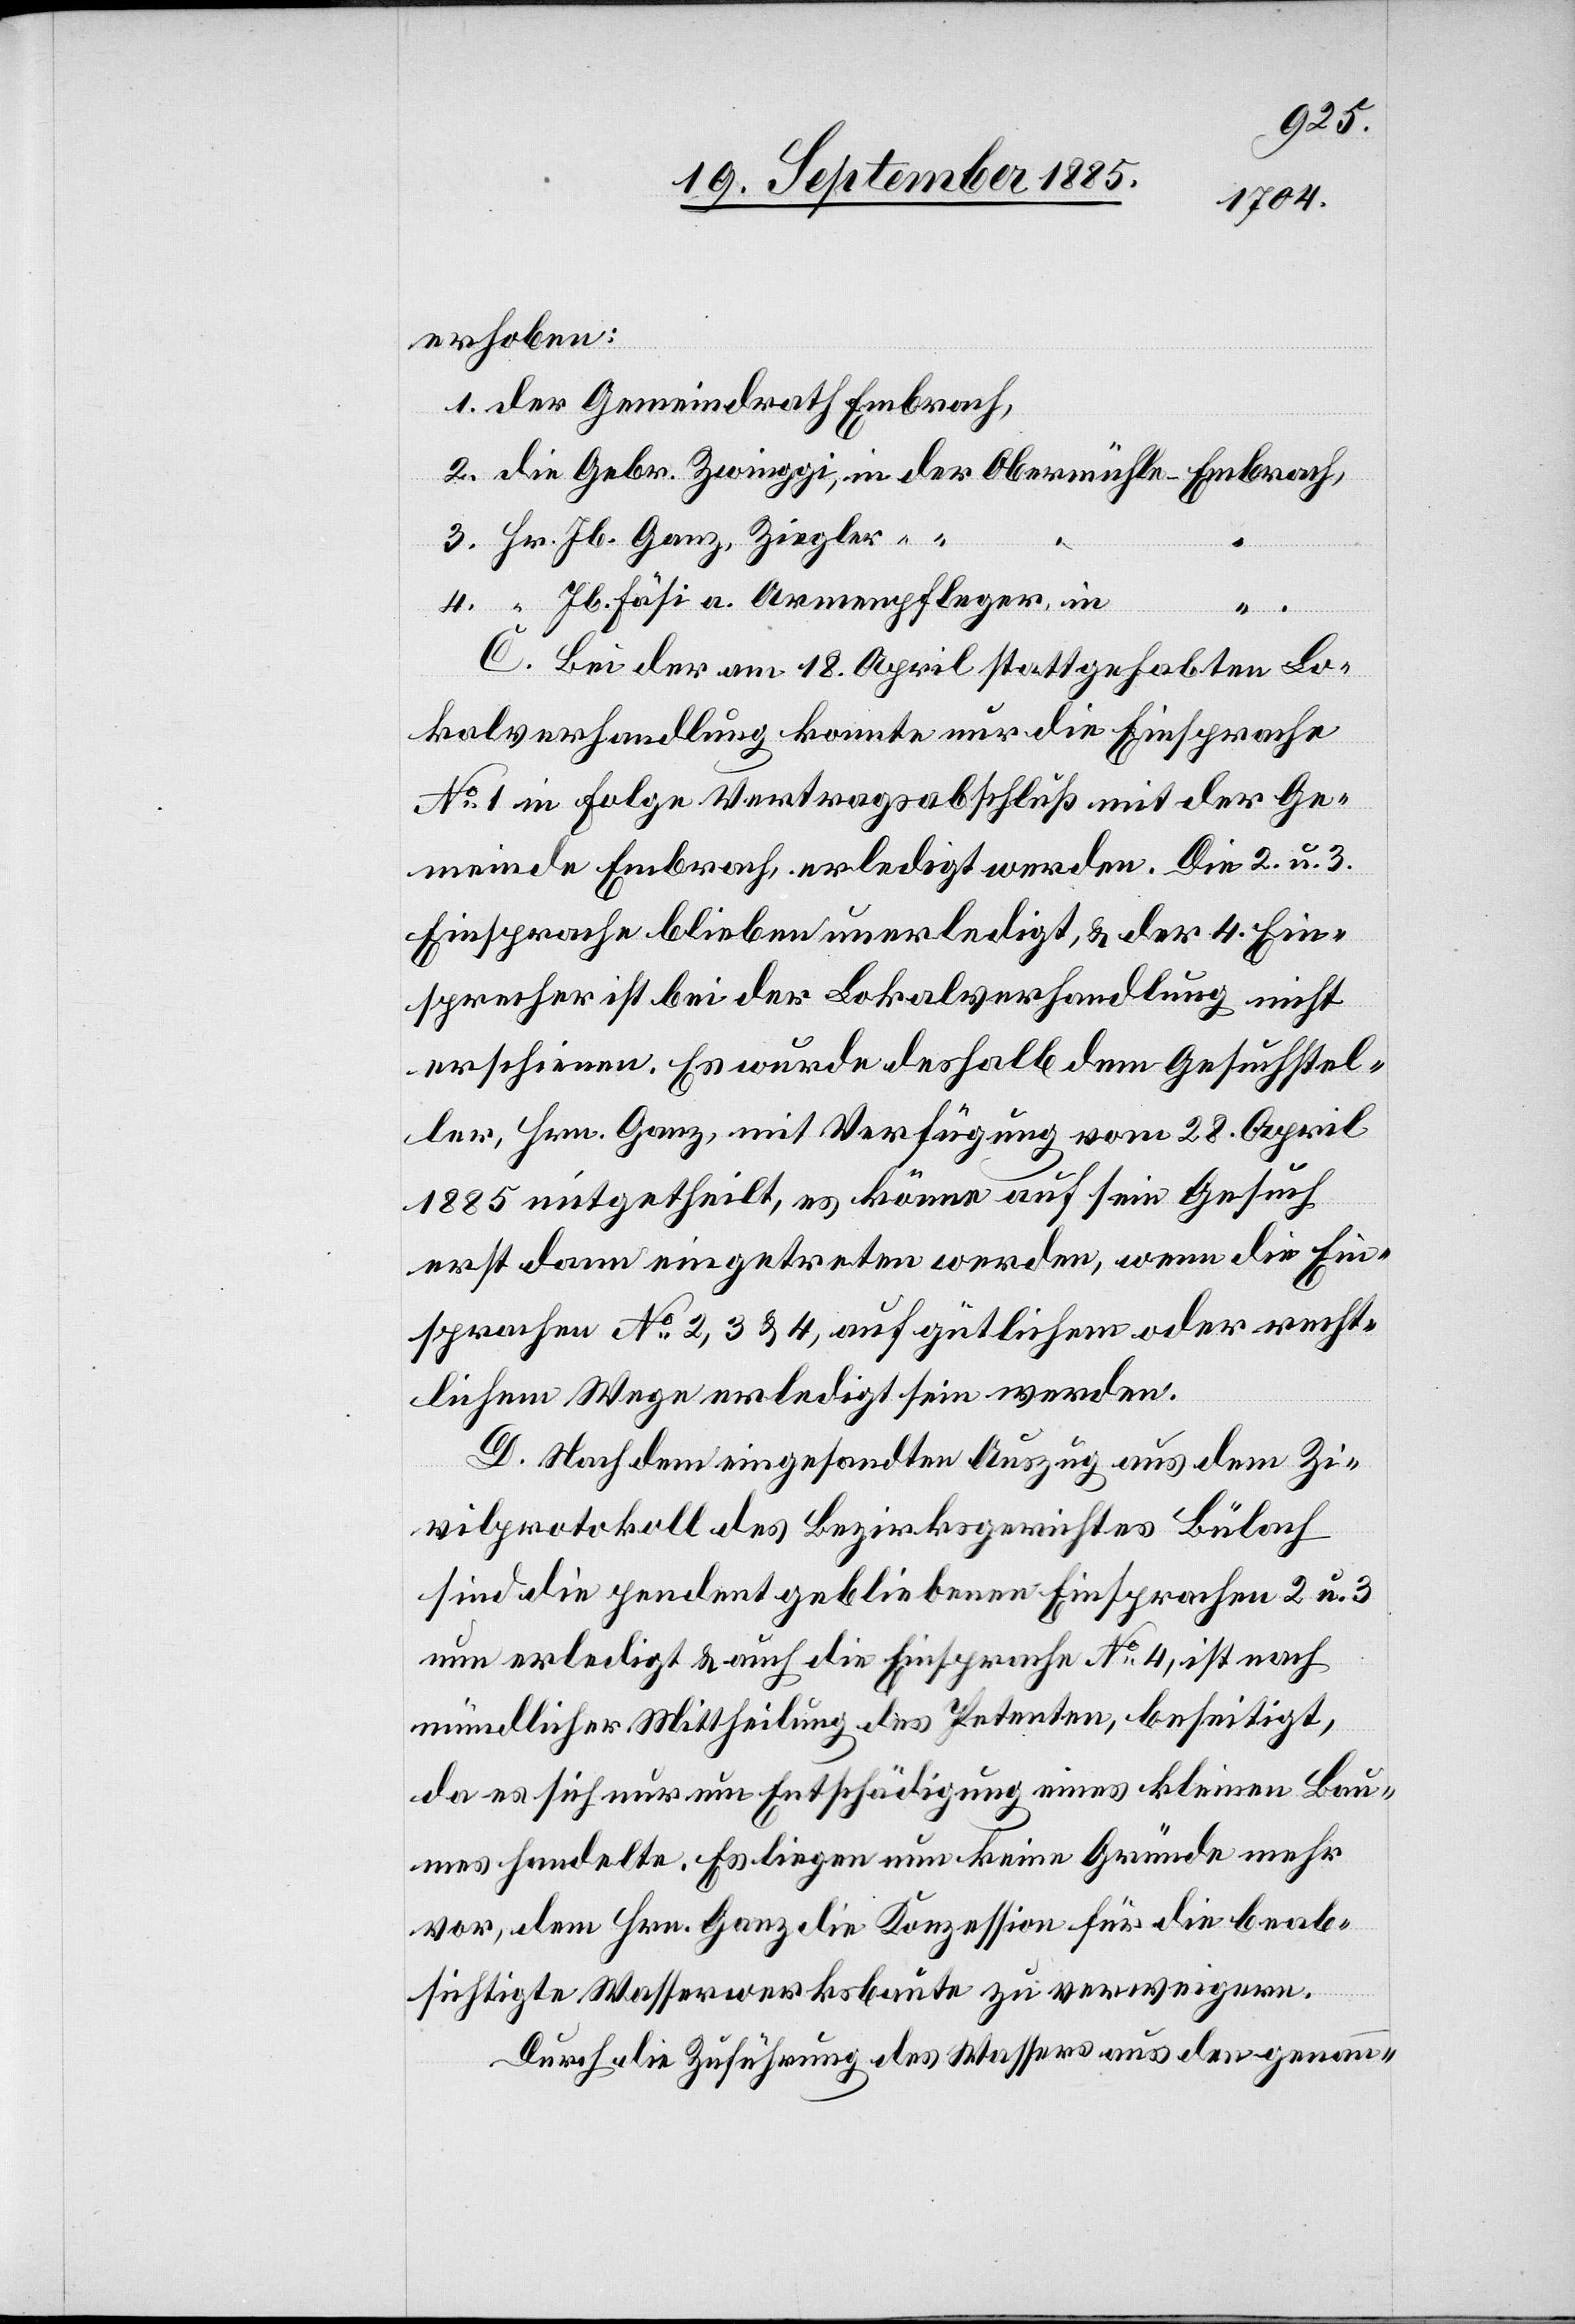
erhoben:
1. der Gemeindrath Embrach,
Jb. Fäsi a. Armenpfleger, in
C. Bei der am 18. April stattgehabten Lo¬
kalverhandlung konnte nur die Einsprache
No 1 in Folge Vertragsabschluß mit der Ge¬
meinde Embrach, erledigt werden. Die 2. u. 3.
Einsprache[n] blieben unerledigt, & der 4. Ein¬
sprecher ist bei der Lokalverhandlung nicht
erschienen. Es wurde deshalb dem Gesuchstel¬
ler, Hrn. Ganz, mit Verfügung vom 28. April
1885 mitgetheilt, es könne auf sein Gesuch
erst dann eingetreten werden, wenn die Ein¬
sprachen No 2, 3 & 4, auf gütlichem oder recht¬
lichem Wege erledigt sein werden.
D. Nach dem eingesandten Auszug aus dem Zi¬
vilprotokoll des Bezirksgerichtes Bülach
sind die pendent gebliebenen Einsprachen 2. u. 3.
nun erledigt & auch die Einsprache No 4, ist nach
mündlicher Mittheilung des Petenten, beseitigt,
da es sich nur um Entschädigung eines kleinen Bau¬
mes handelte. Es liegen nun keine Gründe mehr
vor, dem Hrn. Ganz die Konzession für die beab¬
sichtigte Wasserwerksbaute zu verweigern.
Durch die Zuführung des Wassers aus den genann-